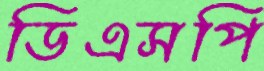
ডিএসপি